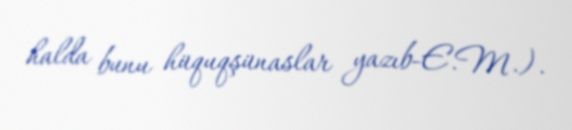
halda bunu hüquqşünaslar yazıb-E.M.).